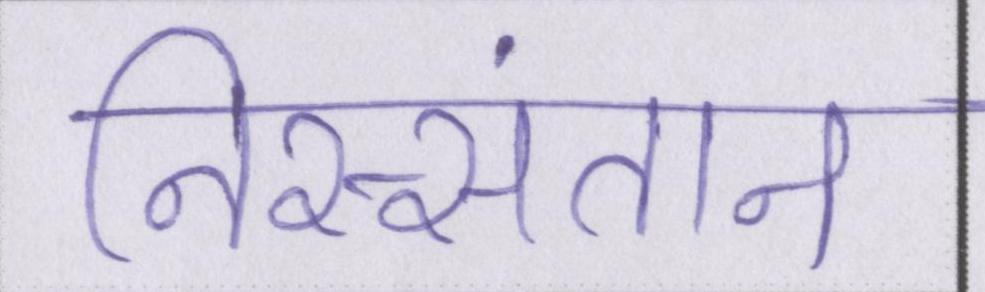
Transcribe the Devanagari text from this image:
निस्संतान